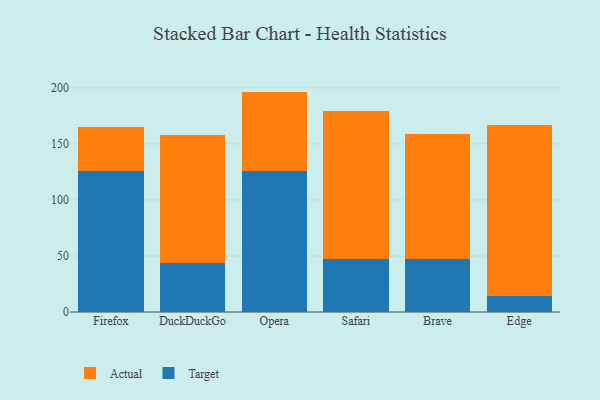
{"axis": {"x": "Browser", "y": "Net Income (USD K)"}, "legend": ["Actual", "Target"], "data": [{"x": "Firefox", "y": 126.2, "type": "Target"}, {"x": "Firefox", "y": 38.6, "type": "Actual"}, {"x": "DuckDuckGo", "y": 43.6, "type": "Target"}, {"x": "DuckDuckGo", "y": 114.2, "type": "Actual"}, {"x": "Opera", "y": 125.5, "type": "Target"}, {"x": "Opera", "y": 71.2, "type": "Actual"}, {"x": "Safari", "y": 47.6, "type": "Target"}, {"x": "Safari", "y": 131.5, "type": "Actual"}, {"x": "Brave", "y": 47.6, "type": "Target"}, {"x": "Brave", "y": 111.4, "type": "Actual"}, {"x": "Edge", "y": 14.7, "type": "Target"}, {"x": "Edge", "y": 152.6, "type": "Actual"}]}